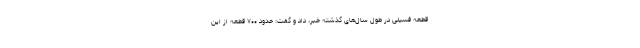
قطعه فسیلی در طول سال‌های گذشته خبر، داد و گفت: حدود ۷۰۰ قطعه از این